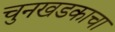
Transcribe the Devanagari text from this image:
चुनखडकाचा